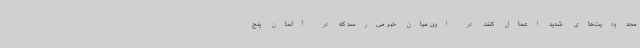
محدودیت‌های شدید اعمال کنند. در این میان خبر می‌رسد که در آلمان پنج